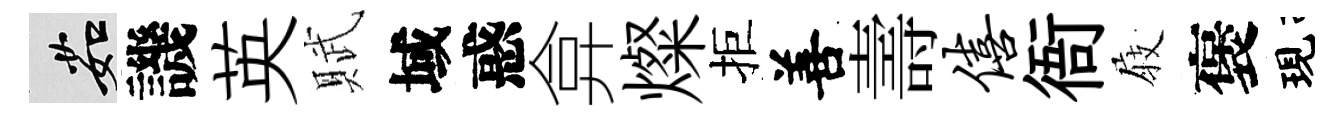
茹譏英賦域惑弇燦拒善壽僖衙𡲆褒現